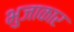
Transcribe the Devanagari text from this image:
भुजाकार